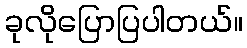
ခုလိုပြောပြပါတယ်။